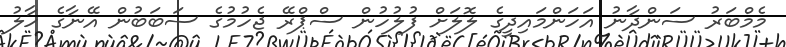
މެމްބަރު ސަންދާނު އަހަންމައިދީގެ ލޮލަށް ފުލުހުން ސްޕްރޭ ޖެހުމުގެ ސަބަބުން އޭނާގެ ހާލު